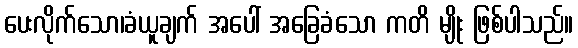
ပေးလိုက်သော၊ခံယူချက် အပေါ် အခြေခံသော ကတိ မျိုး ဖြစ်ပါသည်။